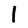
Character: l